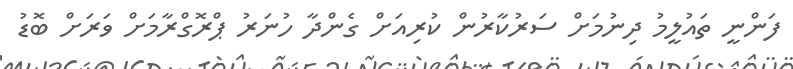
ފަންނީ ތައުލީމު ދިނުމަށް ސަރުކާރުން ކުރިއަށް ގެންދާ ހުނަރު ޕްރޮގްރާމަށް ވަރަށް ބޮޑު